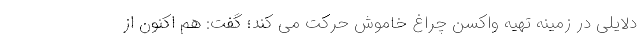
دلایلی در زمینه تهیه واکسن چراغ خاموش حرکت می کند؛ گفت: هم اکنون از